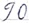
Text: 90